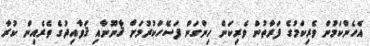
އެހެންކަމުން ވެރިކަމުގެ ފަރާތުން ވެރިކަން ހިންގަން ފަސޭހަކުރުމަށް ޤާނޫނާއި ޤަވާއިދުގެ ތެރެއިން ކުރާ